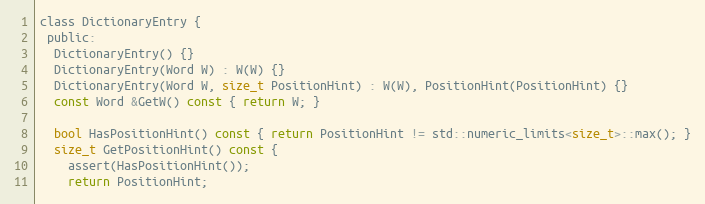
Language: C
class DictionaryEntry {
 public:
  DictionaryEntry() {}
  DictionaryEntry(Word W) : W(W) {}
  DictionaryEntry(Word W, size_t PositionHint) : W(W), PositionHint(PositionHint) {}
  const Word &GetW() const { return W; }

  bool HasPositionHint() const { return PositionHint != std::numeric_limits<size_t>::max(); }
  size_t GetPositionHint() const {
    assert(HasPositionHint());
    return PositionHint;